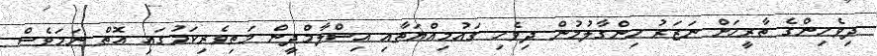
ދިވެހިންގެ ތާރީހަށް ނަޒަރު ހިންގާލުމުން ދިވެހި ގައުމިއްޔަތާއި އިސްލާމްދީން މަތިވެރިކަމުގައި އޮތް ނަމަވެސް